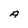
Character: A